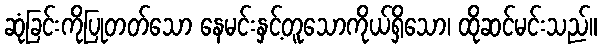
ဆုံခြင်းကိုပြုတတ်သော နေမင်းနှင့်တူသောကိုယ်ရှိသော၊ ထိုဆင်မင်းသည်။